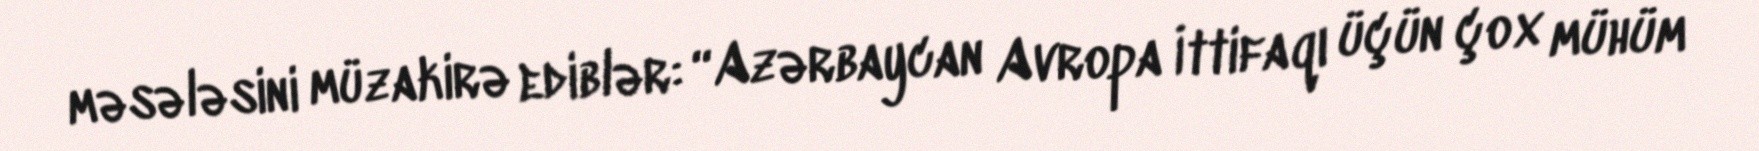
məsələsini müzakirə ediblər: “Azərbaycan Avropa İttifaqı üçün çox mühüm